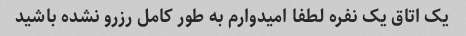
یک اتاق یک نفره لطفا امیدوارم به طور کامل رزرو نشده باشید